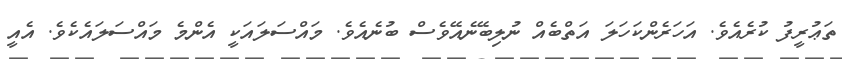
ތަޢުރީފު ކުރެއެވެ. އަހަރެންކަހަލަ އަތްބެއް ނުލިބޭނެއޭވެސް ބުނެއެވެ. މައްސަލައަކީ އެންމެ މައްސަލައެކެވެ. އެއީ